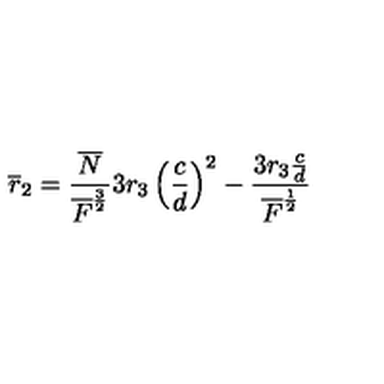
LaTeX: \overline { { r } } _ { 2 } = \frac { \overline { { N } } } { \overline { { F } } ^ { \frac { 3 } { 2 } } } 3 r _ { 3 } \left( \frac { c } { d } \right) ^ { 2 } - \frac { 3 r _ { 3 } \frac { c } { d } } { \overline { { F } } ^ { \frac { 1 } { 2 } } }